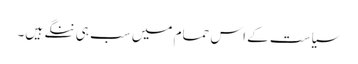
سیاست کے اس حمام میں سب ہی ننگے ہیں۔